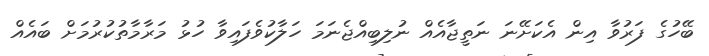
ބޭހުގެ ފަރުވާ އިން އެކަށޭނަ ނަތީޖާއެއް ނުލިބިއްޖެނަމަ ހަލާކުވެފައިވާ ހުޅު މަރާމާތުކުރުމަށް ބައެއް